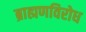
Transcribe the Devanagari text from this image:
ब्राह्मणविरोध